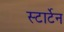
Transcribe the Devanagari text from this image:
स्टार्टेन